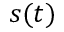
s ( t )